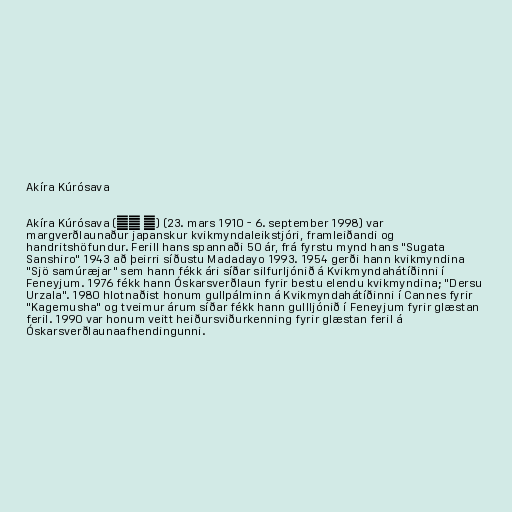
Akíra Kúrósava

Akíra Kúrósava (黒澤 明) (23. mars 1910 - 6. september 1998) var
margverðlaunaður japanskur kvikmyndaleikstjóri, framleiðandi og
handritshöfundur. Ferill hans spannaði 50 ár, frá fyrstu mynd hans "Sugata
Sanshiro" 1943 að þeirri síðustu Madadayo 1993. 1954 gerði hann kvikmyndina
"Sjö samúræjar" sem hann fékk ári síðar silfurljónið á Kvikmyndahátíðinni í
Feneyjum. 1976 fékk hann Óskarsverðlaun fyrir bestu elendu kvikmyndina; "Dersu
Urzala". 1980 hlotnaðist honum gullpálminn á Kvikmyndahátíðinni í Cannes fyrir
"Kagemusha" og tveimur árum síðar fékk hann gullljónið í Feneyjum fyrir glæstan
feril. 1990 var honum veitt heiðursviðurkenning fyrir glæstan feril á
Óskarsverðlaunaafhendingunni.